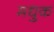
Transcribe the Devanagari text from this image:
मधुक